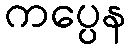
ကပ္ပေန